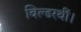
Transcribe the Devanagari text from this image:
बिल्डरथीं।